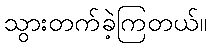
သွားတက်ခဲ့ကြတယ်။